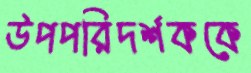
উপপরিদর্শককে